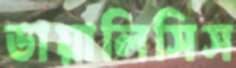
ডায়ালিসিস